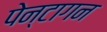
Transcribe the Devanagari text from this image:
पेन्टागन